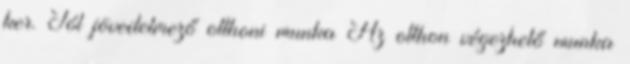
ker. Jól jövedelmező otthoni munka Az otthon végezhető munka